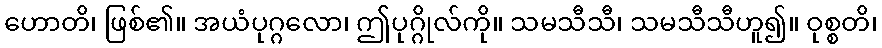
ဟောတိ၊ ဖြစ်၏။ အယံပုဂ္ဂလော၊ ဤပုဂ္ဂိုလ်ကို။ သမသီသီ၊ သမသီသီဟူ၍။ ဝုစ္စတိ၊